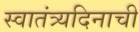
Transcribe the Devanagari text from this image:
स्वातंत्र्यदिनाची